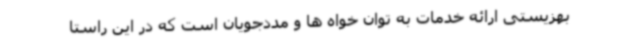
بهزیستی ارائه خدمات به توان خواه ها و مددجویان است که در این راستا